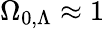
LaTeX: \Omega_{0,\Lambda}\approx 1